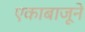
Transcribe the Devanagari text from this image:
एकाबाजूने